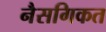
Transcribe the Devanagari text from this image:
नैसगिकत